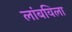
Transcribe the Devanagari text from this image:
लांबविला